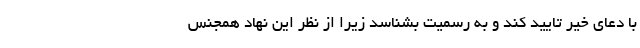
با دعای خیر تایید کند و به رسمیت بشناسد زیرا از نظر این نهاد همجنس